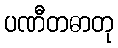
ပဏီတဓာတု